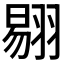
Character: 𰭤